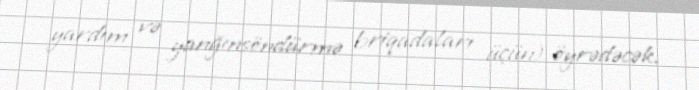
yardım və yanğınsöndürmə briqadaları üçün) öyrədəcək.